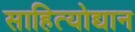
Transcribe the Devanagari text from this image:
साहित्योद्यान